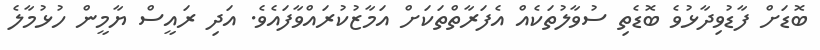
ބޮޑަށް ފާޑުވިދާޅުވެ ބޮޑެތި ސުވާލުތަކެއް އެފަރާތްތަކަށް އަމާޒުކުރައްވާފައެވެ. އަދި ރައީސް ޔާމީން ހުޅުމާލެ